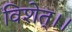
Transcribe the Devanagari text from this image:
विशेत्।।